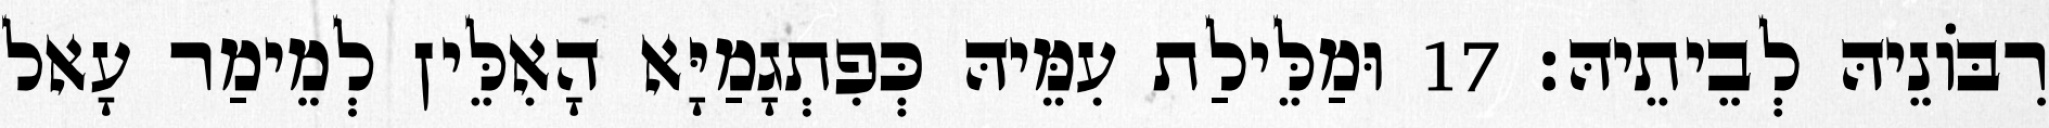
רִבּוֹנֵיהּ לְבֵיתֵיהּ׃ 17 וּמַלֵּילַת עִמֵּיהּ כְּפִתְגָמַיָּא הָאִלֵּין לְמֵימַר עָאל